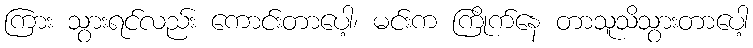
ကြား သွားရင်လည်း ကောင်းတာပေါ့၊ မင်းက ကြိုက်နေ တာသူသိသွားတာပေါ့